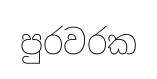
පුරවරක